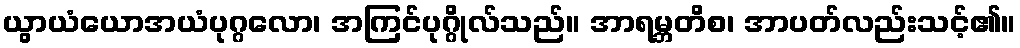
ယွာယံယောအယံပုဂ္ဂလော၊ အကြင်ပုဂ္ဂိုလ်သည်။ အာရမ္ဘတိစ၊ အာပတ်လည်းသင့်၏။